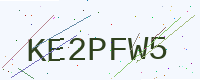
Text: KE2PFW5